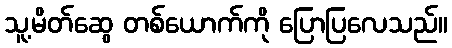
သူ့မိတ်ဆွေ တစ်ယောက်ကို ပြောပြလေသည်။